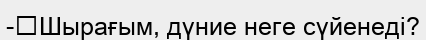
-	Шырағым, дүние неге сүйенеді?